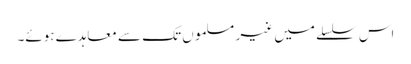
اس سلسلے میں غیر مسلموں تک سے معاہدے ہوئے۔